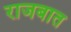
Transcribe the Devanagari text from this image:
राजबात